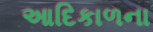
આદિકાળના